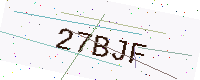
Text: 27BJF